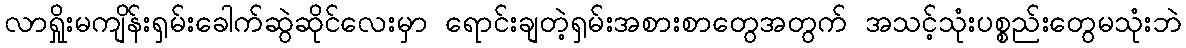
လာရှိုးမကျိန်းရှမ်းခေါက်ဆွဲဆိုင်လေးမှာ ရောင်းချတဲ့ရှမ်းအစားစာတွေအတွက် အသင့်သုံးပစ္စည်းတွေမသုံးဘဲ